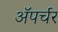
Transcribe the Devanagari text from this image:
ॲपर्चर